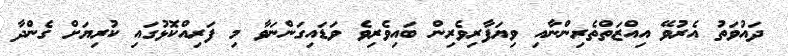
ދައުވަތު އެރުވޭ އިއްޒަތްތެރިންނާއި ވިޔަފާރިވެރިން ބައިވެރިވެ ވަޑައިގަންނަވާ މި ފަރިއްކޮޅުގައި ކުރިޔަށް ގެންދާ